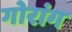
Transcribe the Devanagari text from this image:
गोरांग